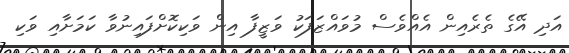
އަދި އޭގެ ތެރެއިން އެއްވެސް މުވައްޒަފަކު ވަޒީފާ އިން ވަކިކޮށްފައިނުވާ ކަމަށާއި ވަކި